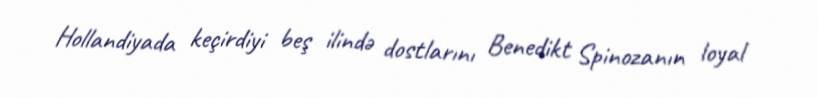
Hollandiyada keçirdiyi beş ilində dostlarını Benedikt Spinozanın loyal